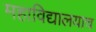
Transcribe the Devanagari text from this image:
महाविद्यालयाच